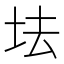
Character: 𡊛